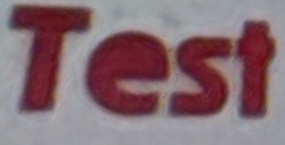
Test